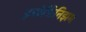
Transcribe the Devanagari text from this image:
इम्प्रेशिनिझम